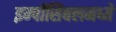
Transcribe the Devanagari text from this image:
इम्पॉसिबलमध्ये